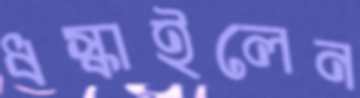
ধস্‌কাইলেন